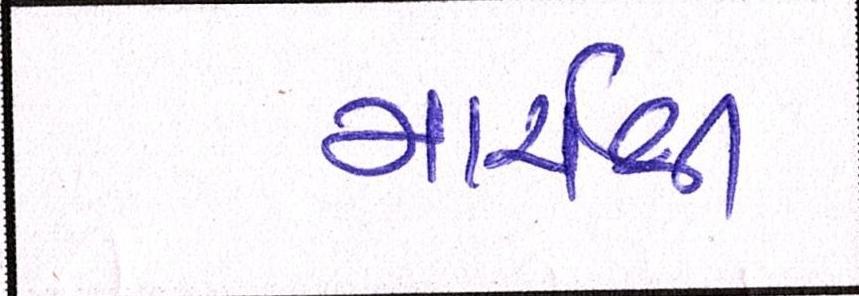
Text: માર્ચથી